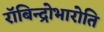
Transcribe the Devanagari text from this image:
रॉबिन्द्रोभारोति